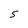
Character: S